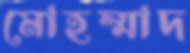
মোহম্মাদ